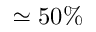
\simeq 5 0 \%